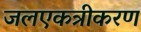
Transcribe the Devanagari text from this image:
जलएकत्रीकरण